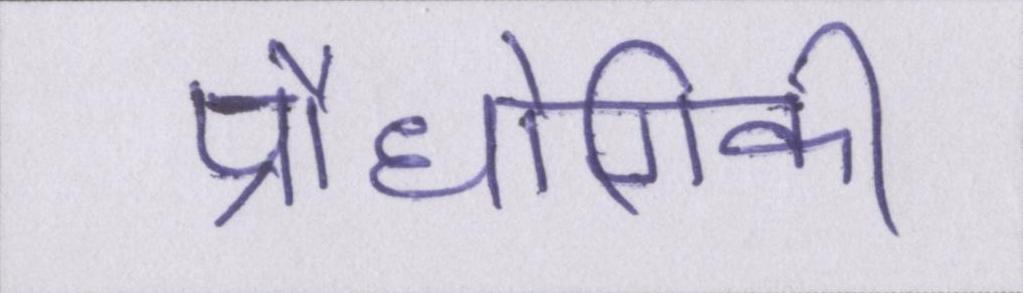
प्रौधोगिकी